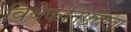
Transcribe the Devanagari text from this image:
विवेकनिष्ठतेला